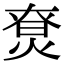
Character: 𤊽